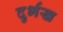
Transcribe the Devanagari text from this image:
दुर्भख